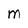
Character: M